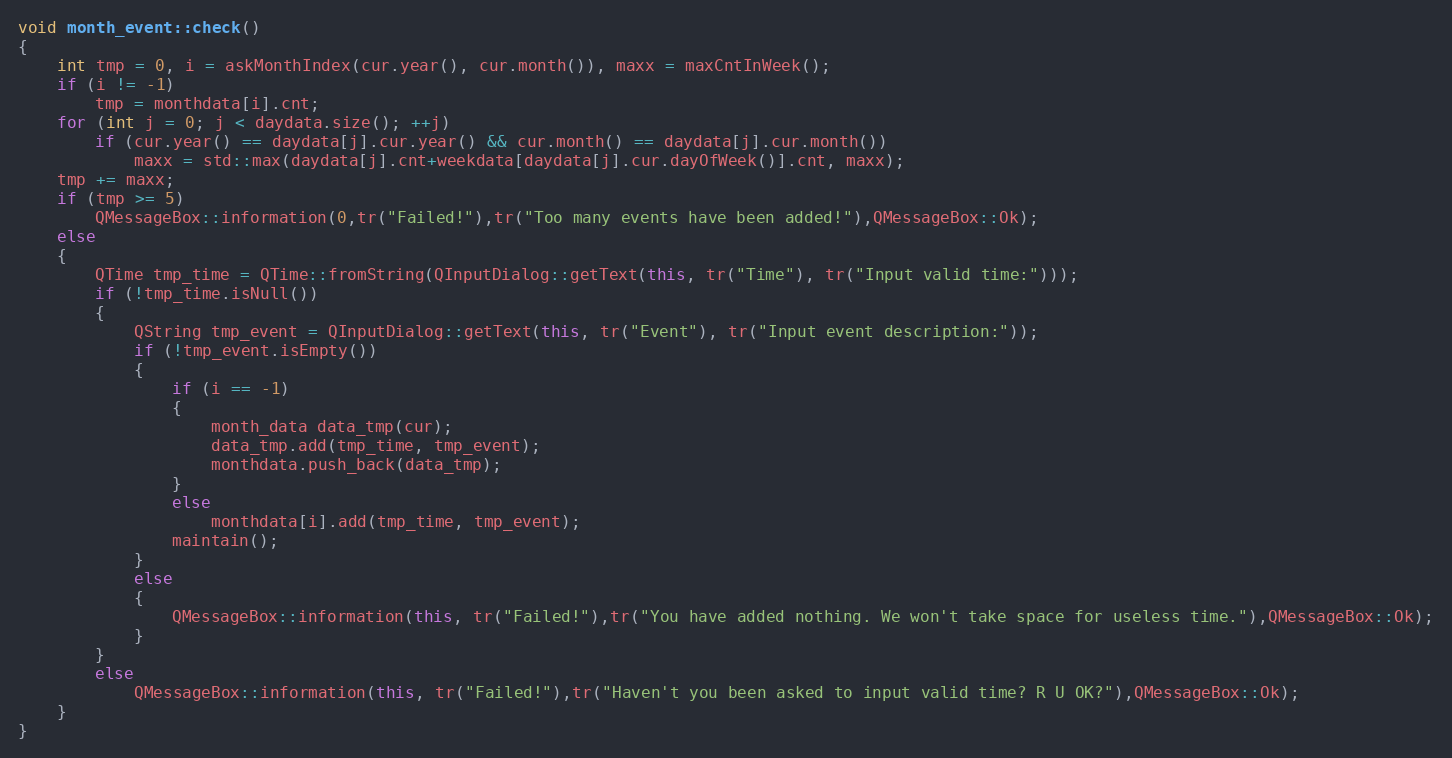
Language: C++
void month_event::check()
{
    int tmp = 0, i = askMonthIndex(cur.year(), cur.month()), maxx = maxCntInWeek();
    if (i != -1)
        tmp = monthdata[i].cnt;
    for (int j = 0; j < daydata.size(); ++j)
        if (cur.year() == daydata[j].cur.year() && cur.month() == daydata[j].cur.month())
            maxx = std::max(daydata[j].cnt+weekdata[daydata[j].cur.dayOfWeek()].cnt, maxx);
    tmp += maxx;
    if (tmp >= 5)
        QMessageBox::information(0,tr("Failed!"),tr("Too many events have been added!"),QMessageBox::Ok);
    else
    {
        QTime tmp_time = QTime::fromString(QInputDialog::getText(this, tr("Time"), tr("Input valid time:")));
        if (!tmp_time.isNull())
        {
            QString tmp_event = QInputDialog::getText(this, tr("Event"), tr("Input event description:"));
            if (!tmp_event.isEmpty())
            {
                if (i == -1)
                {
                    month_data data_tmp(cur);
                    data_tmp.add(tmp_time, tmp_event);
                    monthdata.push_back(data_tmp);
                }
                else
                    monthdata[i].add(tmp_time, tmp_event);
                maintain();
            }
            else
            {
                QMessageBox::information(this, tr("Failed!"),tr("You have added nothing. We won't take space for useless time."),QMessageBox::Ok);
            }
        }
        else
            QMessageBox::information(this, tr("Failed!"),tr("Haven't you been asked to input valid time? R U OK?"),QMessageBox::Ok);
    }
}